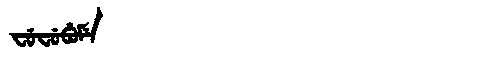
Manchu: ᠸᡠᠸᡠᠪᡠᠮᡝ
Romanization: FUFUBUME